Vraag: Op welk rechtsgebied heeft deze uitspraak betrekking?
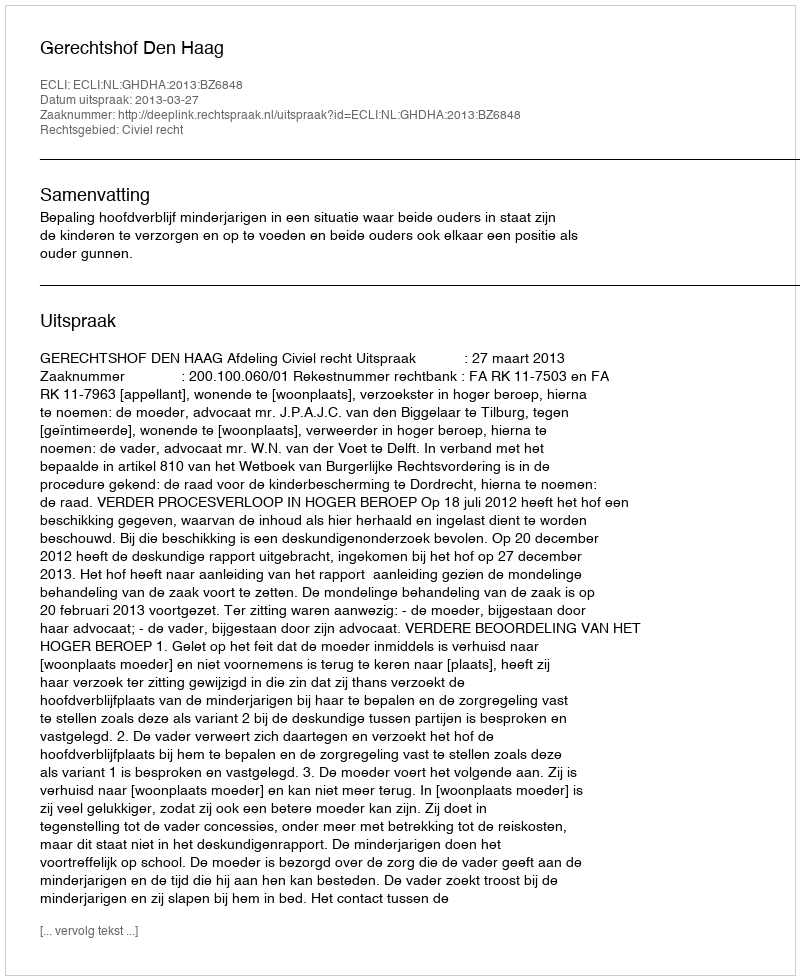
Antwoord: Civiel recht